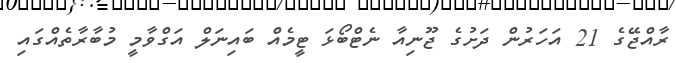
ރާއްޖޭގެ 21 އަހަރުން ދަށުގެ ޖޫނިއާ ނެޓްބޯޅަ ޓީމެއް ބައިނަލް އަގްވާމީ މުބާރާތެއްގައި